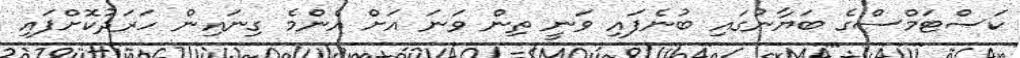
ކަސްޓަމްސްގެ ބަޔާނުގައި ބުނެފައި ވަނީ ތިން ވަނަ އަށް އެންމެ ގިނައިން ހަރަދުކޮށްފައި